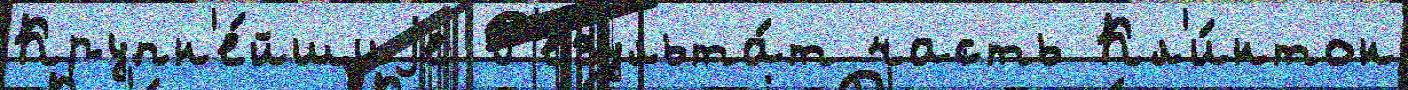
Крупн'е́йшиjе Р'езульта́т часть Кл'и́нтон